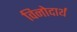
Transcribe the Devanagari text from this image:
विनोदार्थ